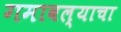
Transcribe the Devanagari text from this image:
गमावल्याचा